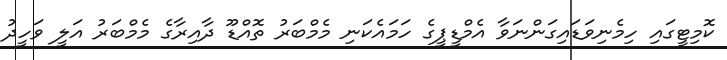
ކޮމިޓީގައި ހިމެނިވަޑައިގަންނަވާ އެމްޑީޕީގެ ހަމައެކަނި މެމްބަރު ތޮއްޑޫ ދާއިރާގެ މެމްބަރު އަލީ ވަހީދު